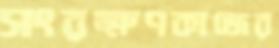
সংরক্ষণকাজের